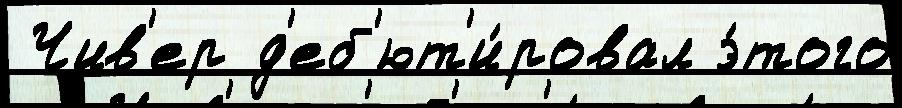
 Чив'ер д'еб'ют'и́ровал э́того